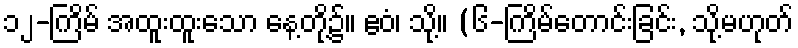
၁၂-ကြိမ် အထူးထူးသော နေ့တို့၌။ ဧဝံ၊ သို့။ (၆-ကြိမ်တောင်းခြင်း, သို့မဟုတ်